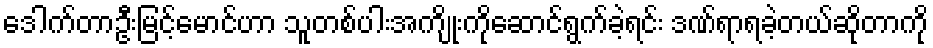
ဒေါက်တာဦးမြင့်မောင်ဟာ သူတစ်ပါးအကျိုးကိုဆောင်ရွက်ခဲ့ရင်း ဒဏ်ရာရခဲ့တယ်ဆိုတာကို